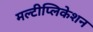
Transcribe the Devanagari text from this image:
मल्टीप्लिकेशन